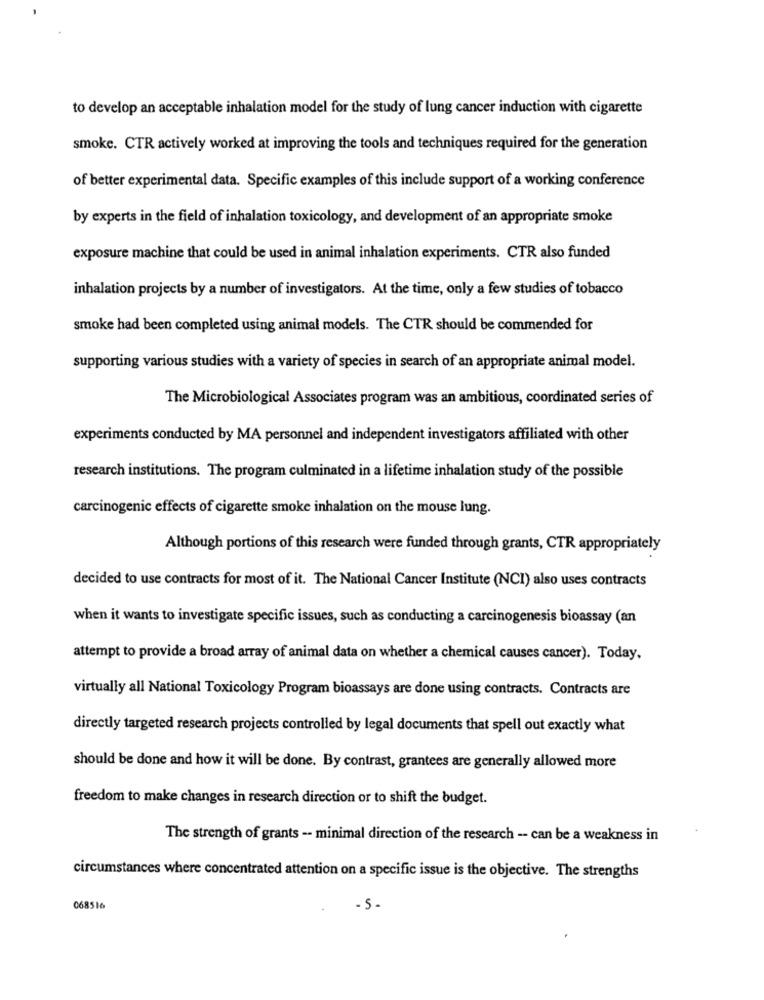
to develop an acceptable inhalation model for the study of lung cancer induction with cigarette
smoke. CTR actively worked at improving the tools and techniques required for the generation
of better experimental data. Specific examples of this include support of a working conference
by experts in the field of inhalation toxicology, and development of an appropriate smoke
exposure machine that could be used in animal inhalation experiments. CTR also funded
inhalation projects by a number of investigators. At the time, only a few studies of tobacco
smoke had been completed using animal models. The CTR should be commended for
supporting various studies with a variety of species in search of an appropriate animal model.
The Microbiological Associates program was an ambitious, coordinated series of
experiments conducted by MA personnel and independent investigators affiliated with other
research institutions. The program culminated in a lifetime inhalation study of the possible
carcinogenic effects of cigarette smoke inhalation on the mouse lung.
Although portions of this research were funded through grants, CTR appropriately
decided to use contracts for most of it. The National Cancer Institute (NCI) also uses contracts
when it wants to investigate specific issues, such as conducting a carcinogenesis bioassay (an
attempt to provide a broad array of animal data on whether a chemical causes cancer). Today,
virtually all National Toxicology Program bioassays are done using contracts. Contracts are
directly targeted research projects controlled by legal documents that spell out exactly what
should be done and how it will be done. By contrast, grantees are generally allowed more
freedom to make changes in research direction or to shift the budget.
The strength of grants -- minimal direction of the research -- can be a weakness in
circumstances where concentrated attention on a specific issue is the objective. The strengths
068516
-5.